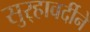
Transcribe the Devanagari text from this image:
सुर्‍हावर्दीने